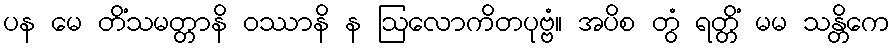
ပန မေ တိံသမတ္တာနိ ဝဿာနိ န ဩလောကိတပုဗ္ဗံ။ အပိစ တွံ ရတ္တိံ မမ သန္တိကေ